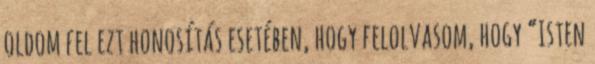
oldom fel ezt honosítás esetében, hogy felolvasom, hogy “Isten